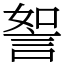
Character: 𧧏